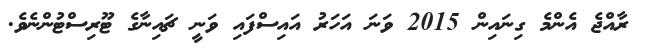
ރާއްޖެ އެންމެ ގިނައިން 2015 ވަނަ އަހަރު އައިސްފައި ވަނީ ޗައިނާގެ ޓޫރިސްޓުންނެވެ.